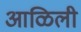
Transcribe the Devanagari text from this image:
आळिली